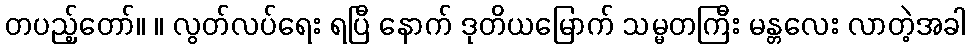
တပည့်တော်။ ။ လွတ်လပ်ရေး ရပြီ နောက် ဒုတိယမြောက် သမ္မတကြီး မန္တလေး လာတဲ့အခါ